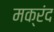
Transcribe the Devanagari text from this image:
मक्रंद